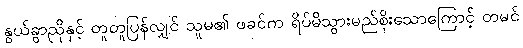
နွယ်ခွာညိုနှင့် တူတူပြန်လျှင် သူမ၏ ဖခင်က ရိပ်မိသွားမည်စိုးသောကြောင့် တမင်